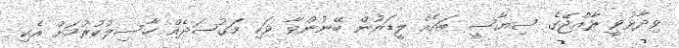
ވިދާޅުވީ ރާއްޖޭގެ ސިޔާސީ ބައެއް ލީޑަރުން ބޭނުންވާ ވަކި މަގުސަދެއް ހާސިލުކުރުމަށް އެކި